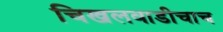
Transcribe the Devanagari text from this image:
चिखलवाडीचाच